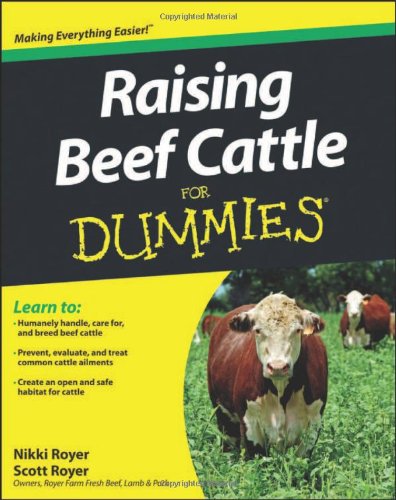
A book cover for Raising Beef Cattle For Dummies; Scott Royer; Science & Math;